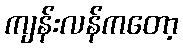
ကျန်းလန်ကတော့